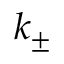
k _ { \pm }